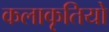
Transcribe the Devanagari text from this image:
कलाकृतियो